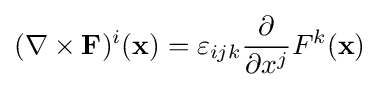
(\nabla \times \mathbf {F} )^{i}(\mathbf {x} )=\varepsilon _{ijk}{\frac {\partial }{\partial x^{j}}}F^{k}(\mathbf {x} )